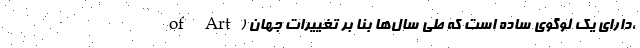
of Art) دارای یک لوگوی ساده است که طی سال‌ها بنا بر تغییرات جهان،